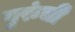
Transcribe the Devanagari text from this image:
गुरुंची